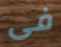
فى